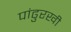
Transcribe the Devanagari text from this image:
पांढुरखी